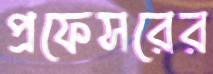
প্রফেসরের